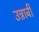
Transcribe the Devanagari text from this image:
उन्नाबी